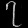
Digit: ၇